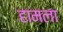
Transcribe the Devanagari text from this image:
हामला